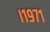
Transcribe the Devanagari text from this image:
।१९७१